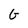
Character: G